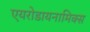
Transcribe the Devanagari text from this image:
एयरोडायनामिक्स